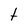
Character: t